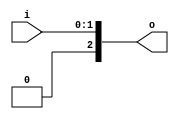
module bsg_unconcentrate_static_3
(
  i,
  o
);

  input [1:0] i;
  output [2:0] o;
  wire [2:0] o;
  wire o_1_,o_0_;
  assign o[2] = 1'b0;
  assign o_1_ = i[1];
  assign o[1] = o_1_;
  assign o_0_ = i[0];
  assign o[0] = o_0_;

endmodule